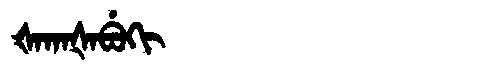
Manchu: ᡧᠠᡴᠠᡧᠠᠪᡠᡴᡳ
Romanization: ŠAKAŠABUKI